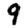
Digit: 9